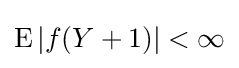
\operatorname {E} |f(Y+1)|<\infty